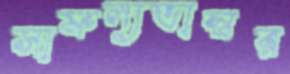
সাফল্যভাস্বর